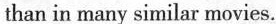
than in many similar movies.